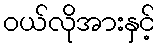
ဝယ်လိုအားနှင့်